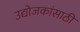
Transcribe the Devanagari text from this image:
उद्योजकांसाठी